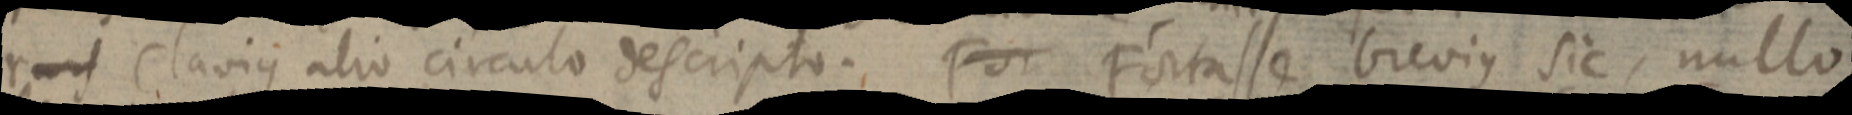
r _ Clavius alio circulo descripte. For Fortasse brevius sic, nullo